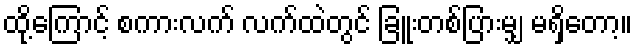
ထို့ကြောင့် စကားလက် လက်ထဲတွင် ခြူးတစ်ပြားမျှ မရှိတော့။